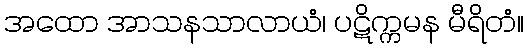
အထော အာသနသာလာယံ၊ ပဋိက္ကမန မီရိတံ။